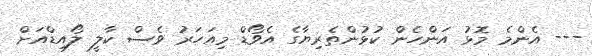
--- އެންމެ މޮޅު އަންހެން ކުޅުންތެރިޔާގެ އެވޯޑް މިއަހަރު ވެސް ކާލީ ލޯއިޑްއަށް